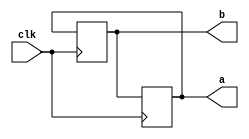
`timescale 1ns / 1ps
module swap_nonblock(
    output reg [3:0] a,
    output reg [3:0] b,
    input clk
    );
	 initial
	 begin
	 //assign initial values to a and b
	 a = 4;
	 b = 3;
	 end
	 always@(posedge clk)
	 begin 
	 //swap a and b at every posedge of the clock
	 a <= b;
	 b <= a;	
	 end
endmodule